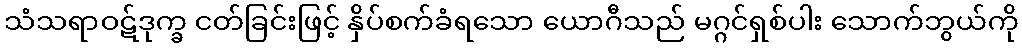
သံသရာဝဋ်ဒုက္ခ ငတ်ခြင်းဖြင့် နှိပ်စက်ခံရသော ယောဂီသည် မဂ္ဂင်ရှစ်ပါး သောက်ဘွယ်ကို